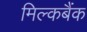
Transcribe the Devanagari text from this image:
मिल्कबैंक